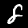
Digit: 8